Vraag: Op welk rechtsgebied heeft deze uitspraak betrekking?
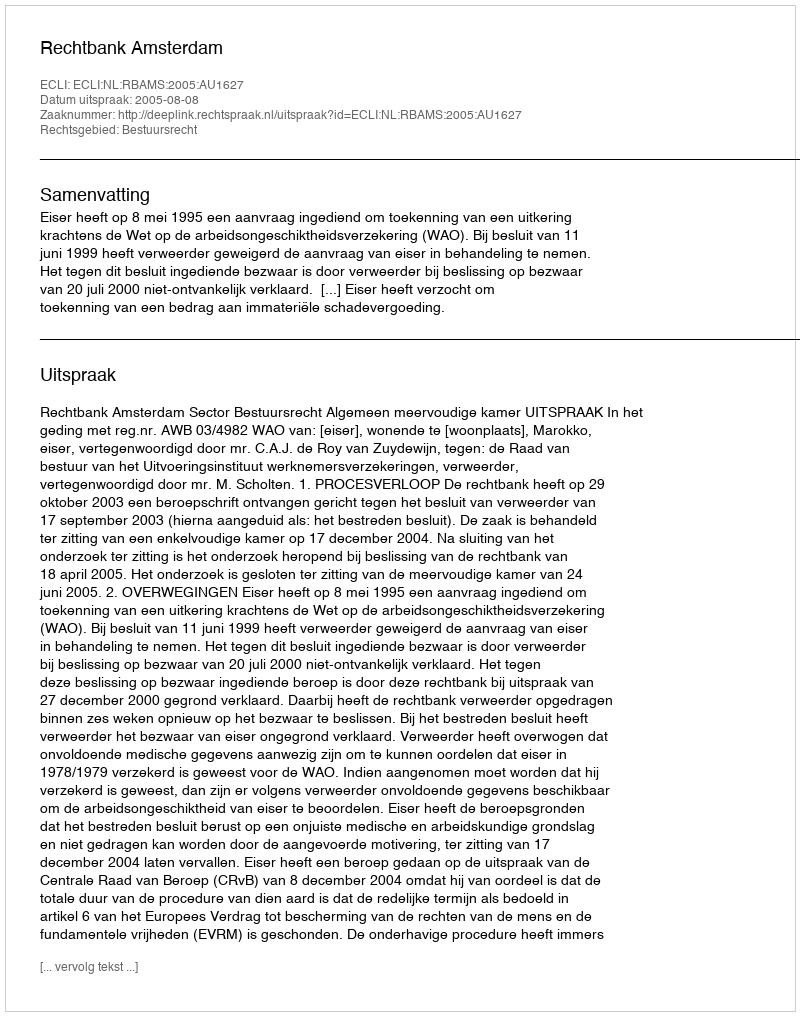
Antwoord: Bestuursrecht